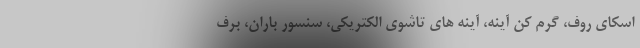
اسکای روف، گرم کن آینه، آینه های تاشوی الکتریکی، سنسور باران، برف